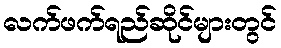
လက်ဖက်ရည်ဆိုင်များတွင်